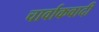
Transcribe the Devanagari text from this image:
चार्वाकवादी